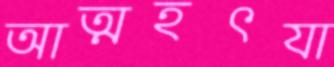
আত্মহৎযা